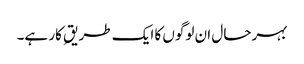
بہرحال ان لوگوں کا ایک طریقِ کار ہے۔